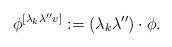
LaTeX: \begin{align*}\phi^{[\lambda_k\lambda'' v]}:=(\lambda_k\lambda'')\cdot\phi.\end{align*}